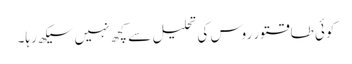
کوئی طاقتور روس کی تحلیل سے کچھ نہیں سیکھ رہا۔